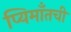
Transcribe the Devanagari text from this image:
प्यिमाँतची